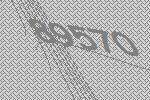
89570